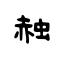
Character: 赨